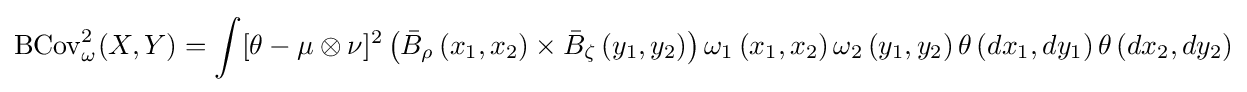
\operatorname {BCov} _{\omega }^{2}(X,Y)=\int [\theta -\mu \otimes \nu ]^{2}\left({\bar {B}}_{\rho }\left(x_{1},x_{2}\right)\times {\bar {B}}_{\zeta }\left(y_{1},y_{2}\right)\right)\omega _{1}\left(x_{1},x_{2}\right)\omega _{2}\left(y_{1},y_{2}\right)\theta \left(dx_{1},dy_{1}\right)\theta \left(dx_{2},dy_{2}\right)